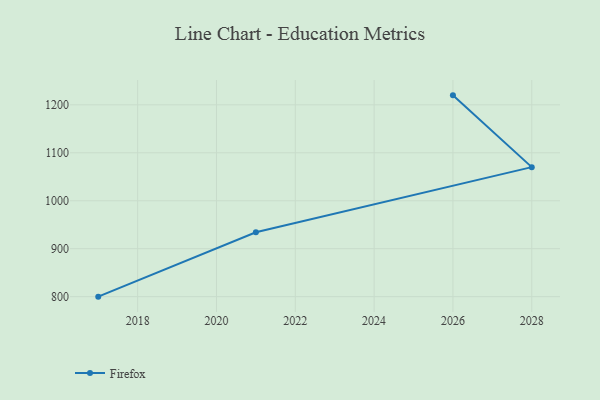
{"axis": {"x": "Year", "y": "Churn Rate (%)"}, "legend": ["Firefox"], "data": [{"x": "2026", "y": 1219.8, "type": "Firefox"}, {"x": "2028", "y": 1070.1, "type": "Firefox"}, {"x": "2021", "y": 934.2, "type": "Firefox"}, {"x": "2017", "y": 800, "type": "Firefox"}]}